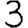
Digit: 3